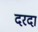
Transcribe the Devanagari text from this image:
दरदा